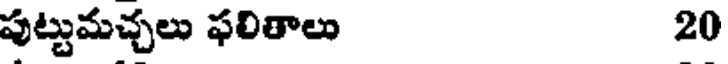
పుట్టుమచ్చలు ఫలితాలు 20